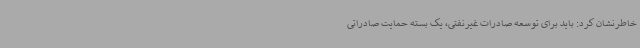
خاطرنشان کرد: باید برای توسعه صادرات غیرنفتی، یک بسته حمایت صادراتی